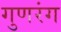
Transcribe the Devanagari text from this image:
गुणरंग